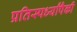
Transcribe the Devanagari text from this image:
प्रतिस्पर्ध्यांपैकी